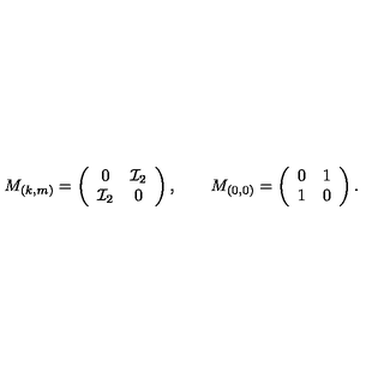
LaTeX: M _ { ( k , m ) } = \left( \begin{array} { c c } { 0 } & { { \cal I } _ { 2 } } \\ { { \cal I } _ { 2 } } & { 0 } \\ \end{array} \right) , \qquad M _ { ( 0 , 0 ) } = \left( \begin{array} { c c } { 0 } & { 1 } \\ { 1 } & { 0 } \\ \end{array} \right) .